Report on vaccination in Madras 1877-1894 - 1877-1894
Year: 1877
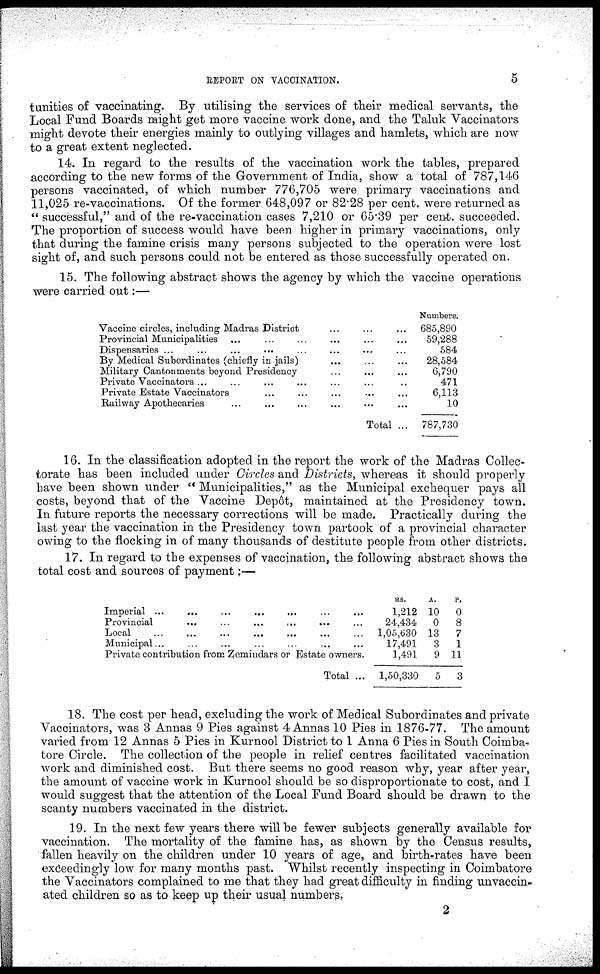
REPORT ON VACCINATION.
5
tunities of vaccinating. By utilising the services of their medical servants, the
Local Fund Boards might get more vaccine work done, and the Taluk Vaccinators
might devote their energies mainly to outlying villages and hamlets, which are now
to a great extent neglected.
14. In regard to the results of the vaccination work the tables, prepared
according to the new forms of the Government of India, show a total of 787,146
persons vaccinated, of which number 776,705 were primary vaccinations and
11,025 re-vaccinations. Of the former 648,097 or 82.28 per cent. were returned as
" successful," and of the re-vaccination cases 7,210 or 65.39 per cent. succeeded.
The proportion of success would have been higher in primary vaccinations, only
that during the famine crisis many persons subjected to the operation were lost
sight of, and such persons could not be entered as those successfully operated on.
15. The following abstract shows the agency by which the vaccine operations
were carried out:—
Vaccine circles, including Madras District ... ... ...
Provincial Municipalities ... ... ... ... ... ...
Dispensaries ... ... ... ... ... ... ... ...
By Medical Subordinates (chiefly in jails) ... ... ...
Military Cantonments beyond Presidency ... ... ...
Private Vaccinators ... ... ... ... ... ... ...
Private Estate Vaccinators ... ... ... ... ...
Railway Apothecaries
... ... ... ... ... ...
Total ...
Numbers.
685,890
59,288
584
28,584
6,790
471
6,113
10
787,730
16. In the classification adopted in the report the work of the Madras Collec¬
torate has been included under Circles and Districts, whereas it should properly
have been shown under " Municipalities," as the Municipal exchequer pays all
costs, beyond that of the Vaccine Depôt, maintained at the Presidency town.
In future reports the necessary corrections will be made. Practically during the
last year the vaccination in the Presidency town partook of a provincial character
owing to the flocking in of many thousands of destitute people from other districts.
17. In regard to the expenses of vaccination, the following abstract shows the
total cost and sources of payment:—
Imperial ...
...
...
...
... ... ...
Provincial ... ... ... ... ... ...
Local ... ... ... ... ... ... ...
Municipal... ... ... ... ... ...
Private contribution from Zemindars or Estate owners.
Total ...
RS.
1,212
24,434
1,05,630
17,491
1,491
1,50,330
A.
10
0
13
3
9
5
P.
0
8
7
1
11
3
18. The cost per head, excluding the work of Medical Subordinates and private
Vaccinators, was 3 Annas 9 Pies against 4 Annas 10 Pies in 1876-77. The amount
varied from 12 Annas 5 Pies in Kurnool District to 1 Anna 6 Pies in South Coimba¬
tore Circle. The collection of the people in relief centres facilitated vaccination
work and diminished cost. But there seems no good reason why, year after year,
the amount of vaccine work in Kurnool should be so disproportionate to cost, and I
would suggest that the attention of the Local Fund Board should be drawn to the
scanty numbers vaccinated in the district.
19. In the next few years there will be fewer subjects generally available for
vaccination. The mortality of the famine has, as shown by the Census results,
fallen heavily on the children under 10 years of age, and birth-rates have been
exceedingly low for many months past. Whilst recently inspecting in Coimbatore
the Vaccinators complained to me that they had great difficulty in finding unvaccin¬
ated children so as to keep up their usual numbers.
2